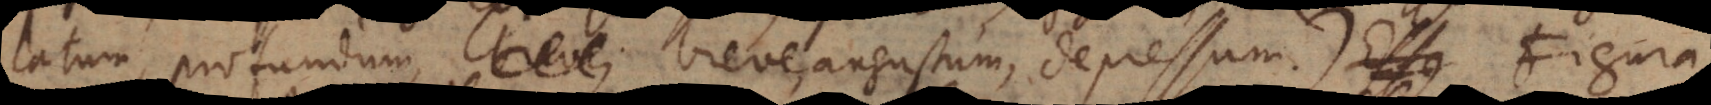
latum, profundum, breve, angustum, depressum). F